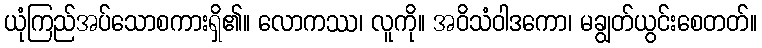
ယုံကြည်အပ်သောစကားရှိ၏။ လောကဿ၊ လူကို။ အဝိသံဝါဒကော၊ မချွတ်ယွင်းစေတတ်။